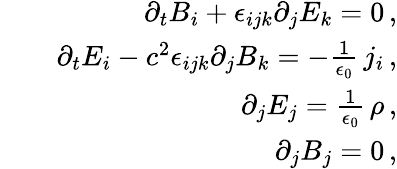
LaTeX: \begin{array}{rlr}&{}&{\partial_{t}B_{i}+\epsilon_{ijk}\partial_{j}E_{k}=0\, ,}\\ &{}&{\partial_{t}E_{i}-c^{2}\epsilon_{ijk}\partial_{j}B_{k}=-\frac{1}{\epsilon_{0}}\, j_{i}\, ,}\\ &{}&{\partial_{j}E_{j}=\frac{1}{\epsilon_{0}}\, \rho\, ,}\\ &{}&{\partial_{j}B_{j}=0\, ,}\end{array}